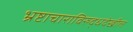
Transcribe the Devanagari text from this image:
भ्रष्टाचाराविरुद्धदेखील